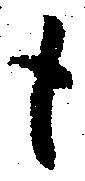
も